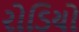
રોડિયો